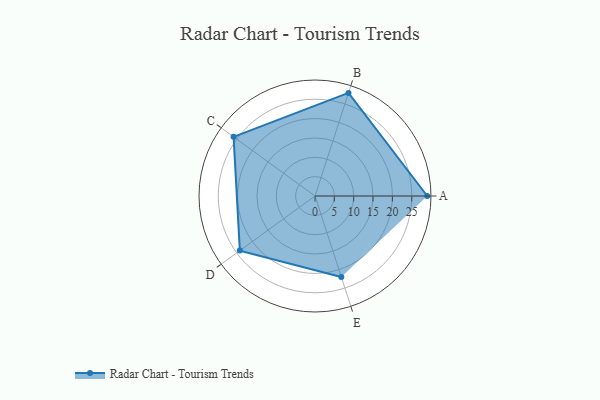
{"axis": {"x": "Skill", "y": "Score"}, "legend": ["Profile"], "data": [{"x": "A", "y": 29.0, "type": "Profile"}, {"x": "B", "y": 28.0, "type": "Profile"}, {"x": "C", "y": 26.0, "type": "Profile"}, {"x": "D", "y": 24.0, "type": "Profile"}, {"x": "E", "y": 22.0, "type": "Profile"}]}